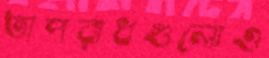
অপরাধগুলোও